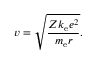
v = { \sqrt { \frac { Z k _ { \mathrm { e } } e ^ { 2 } } { m _ { \mathrm { e } } r } } } .